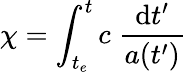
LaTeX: \chi=\int_{t_{e}}^{t}c\; {\frac{\mathrm{d}t^{\prime}}{a(t^{\prime})}}